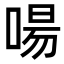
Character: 啺